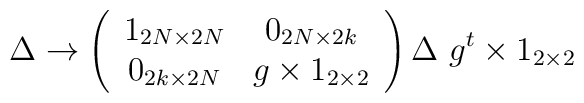
\Delta \rightarrow \left(\begin{array}{cc} 1_{2N\times 2N} & 0_{2N\times 2k}\\0_{2k\times 2N} & g\times 1_{2\times 2} \end{array}\right) \Delta~ g^t\times 1_{2\times 2}